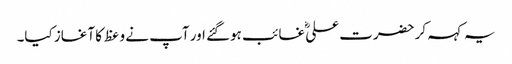
یہ کہہ کر حضرت علیؓ غائب ہوگئے اور آپ نے وعظ کا آغاز کیا۔